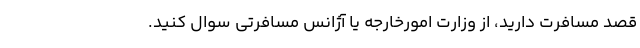
قصد مسافرت دارید، از وزارت امورخارجه یا آژانس مسافرتی سوال کنید.